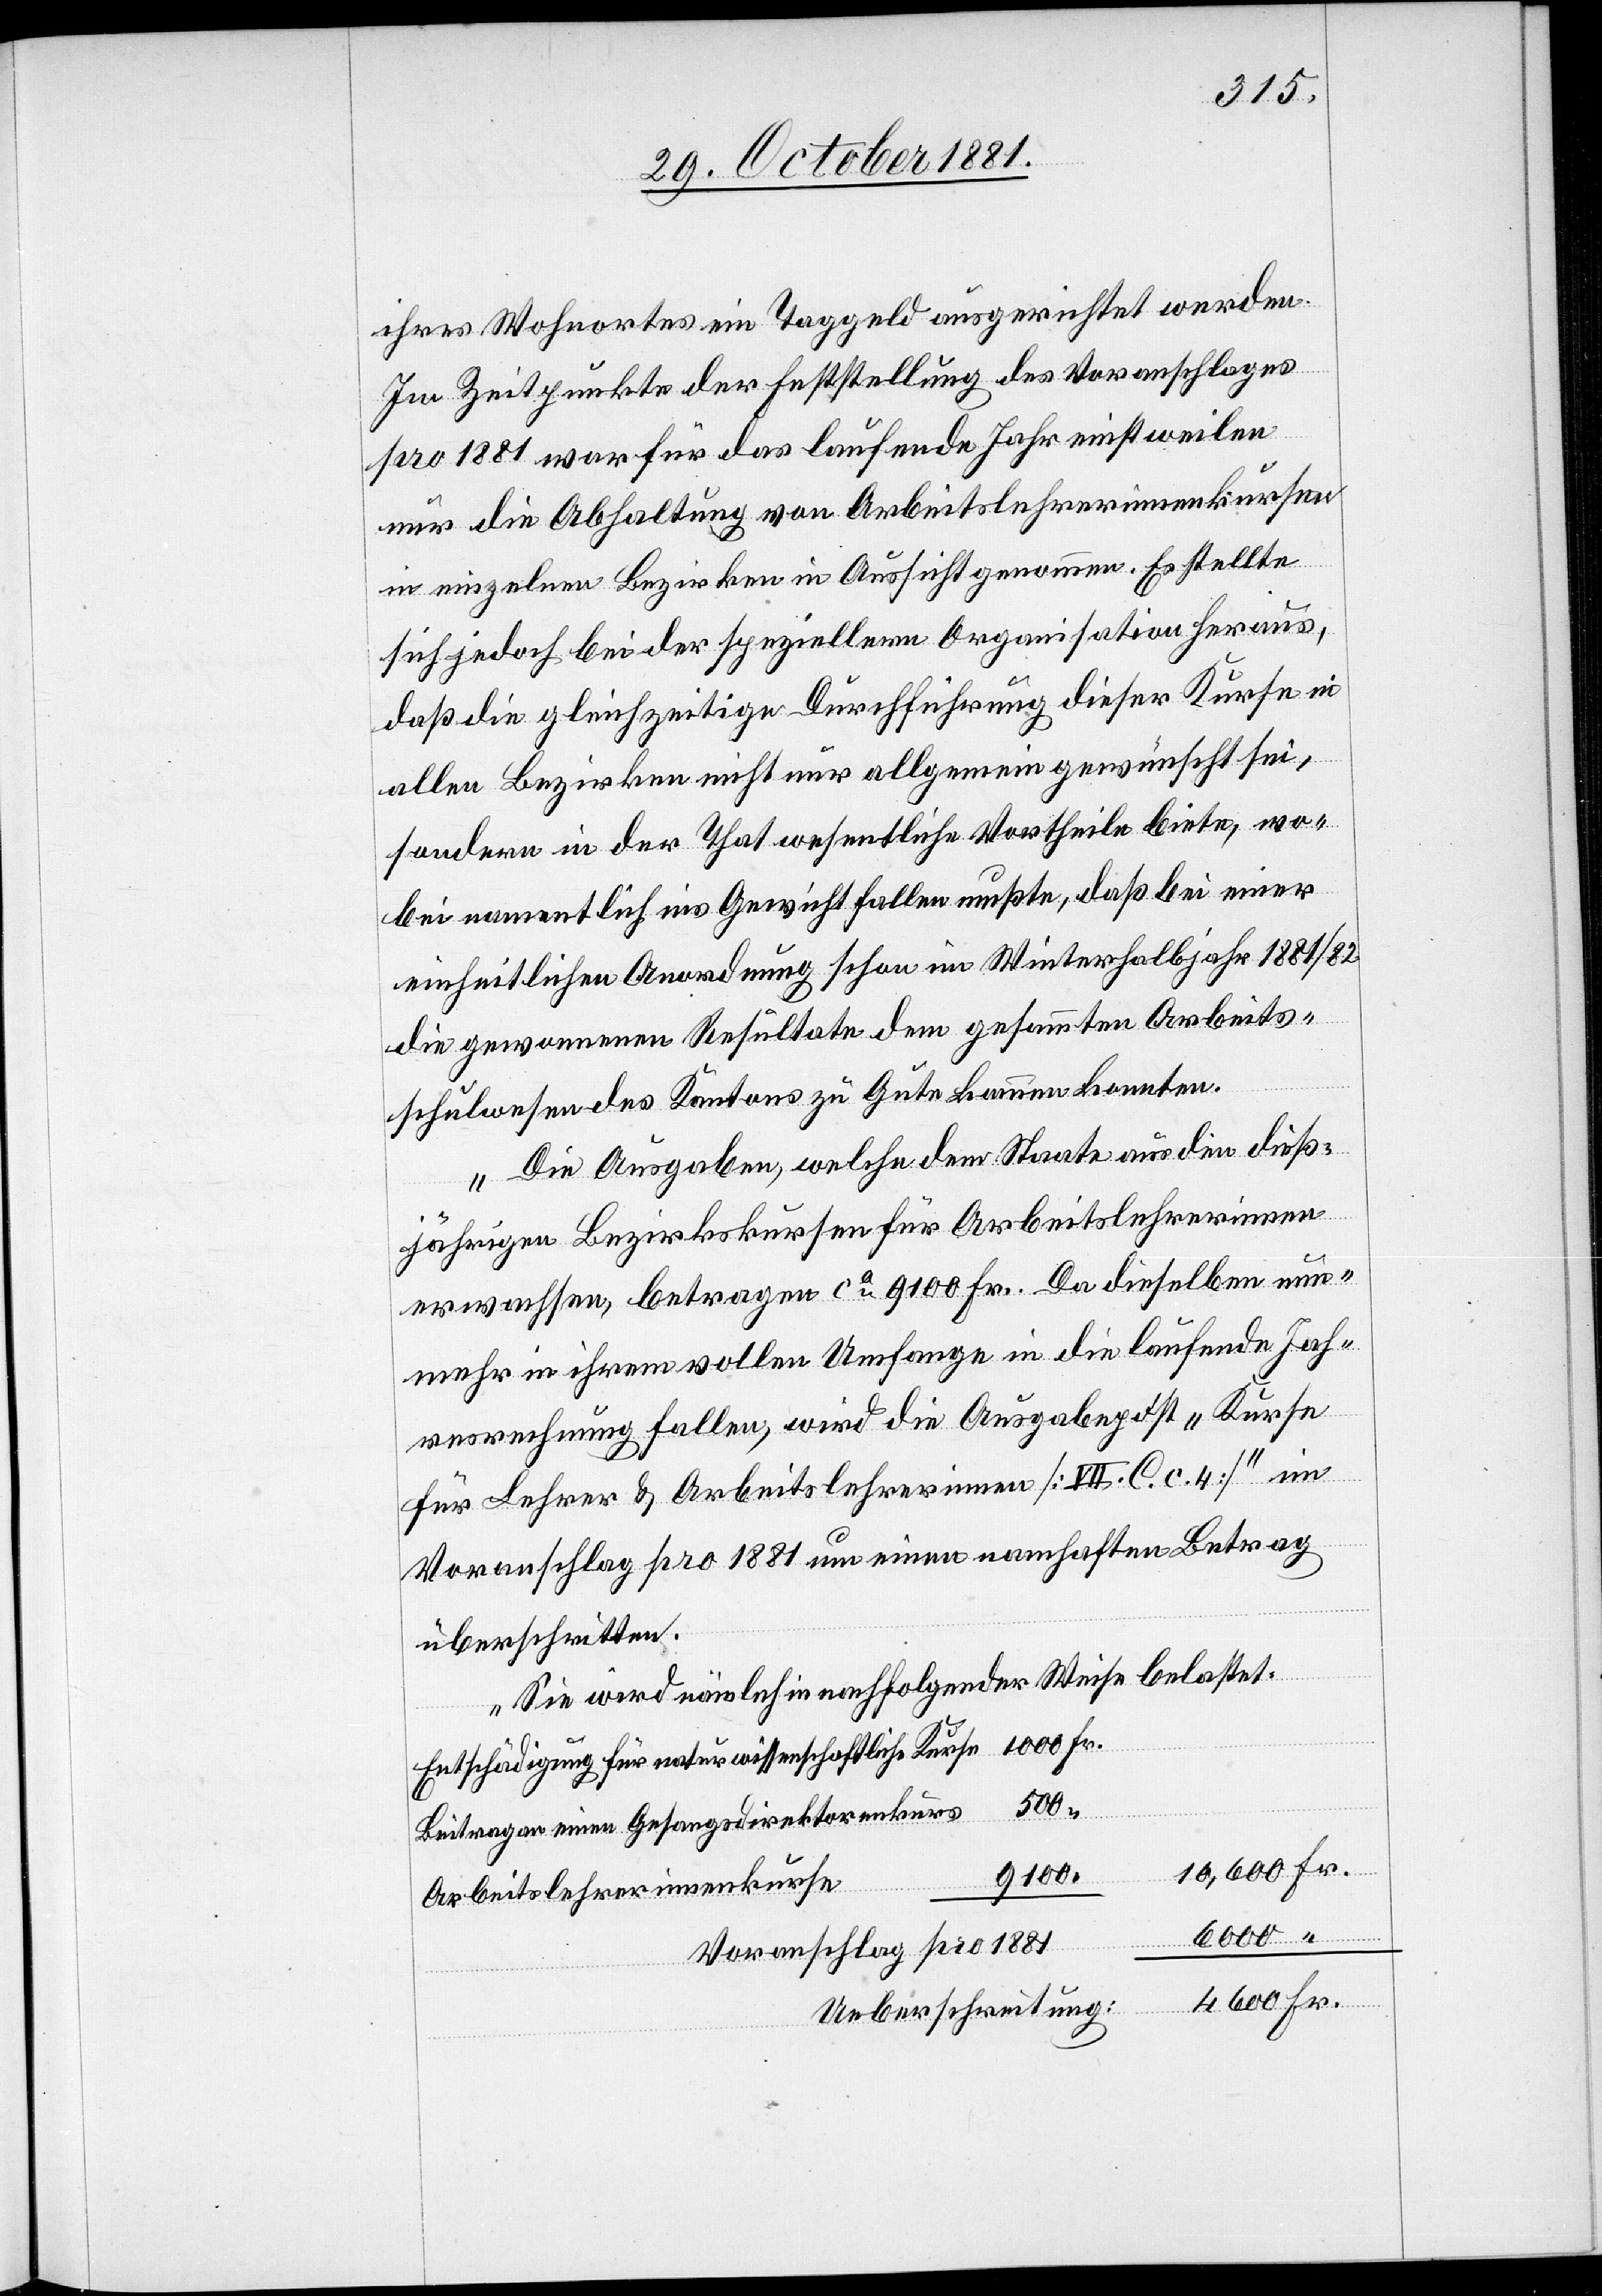
ihres Wohnortes ein Taggeld ausgerichtet werden.
Im Zeitpunkte der Feststellung des Voranschlages
pro 1881 war für das laufende Jahr einstweilen
nur die Abhaltung von Arbeitslehrerinnenkursen
in einzelnen Bezirken in Aussicht genommen. Es stellte
sich jedoch bei der speziellen Organisation heraus,
daß die gleichzeitige Durchführung dieser Kurse in
allen Bezirken nicht nur allgemein gewünscht sei,
sondern in der That wesentliche Vortheile biete, wo¬
bei namentlich ins Gewicht fallen mußte, daß bei einer
einheitlichen Anwendung schon im Winterhalbjahr 1881/82
die gewonnenen Resultate dem gesammten Arbeits¬
schulwesen des Kantons zu Gute kommen konnten.
Die Ausgaben, welche dem Staate aus den dieß¬
jährigen Bezirkskursen für Arbeitslehrerinnen
erwachsen, betragen ca 9100 Fr. Da dieselben nun¬
mehr in ihrem vollen Umfange in die laufende Jah¬
resrechnung fallen, wird die Ausgabepost „Kurse
für Lehrer & Arbeitslehrerinnen [VII. C. c. 4]“ im
Voranschlage pro 1881 um einen namhaften Betrag
überschritten.
Sie wird nämlich in nachfolgender Weise belastet:
Entschädigung für naturwissenschaftliche Kurse 	1000 Fr.
6400
“
Fr.
Beitrag an einen Gesangsdirektorenkurs
10,600 Fr.
Arbeitslehrerinnenkurs¬